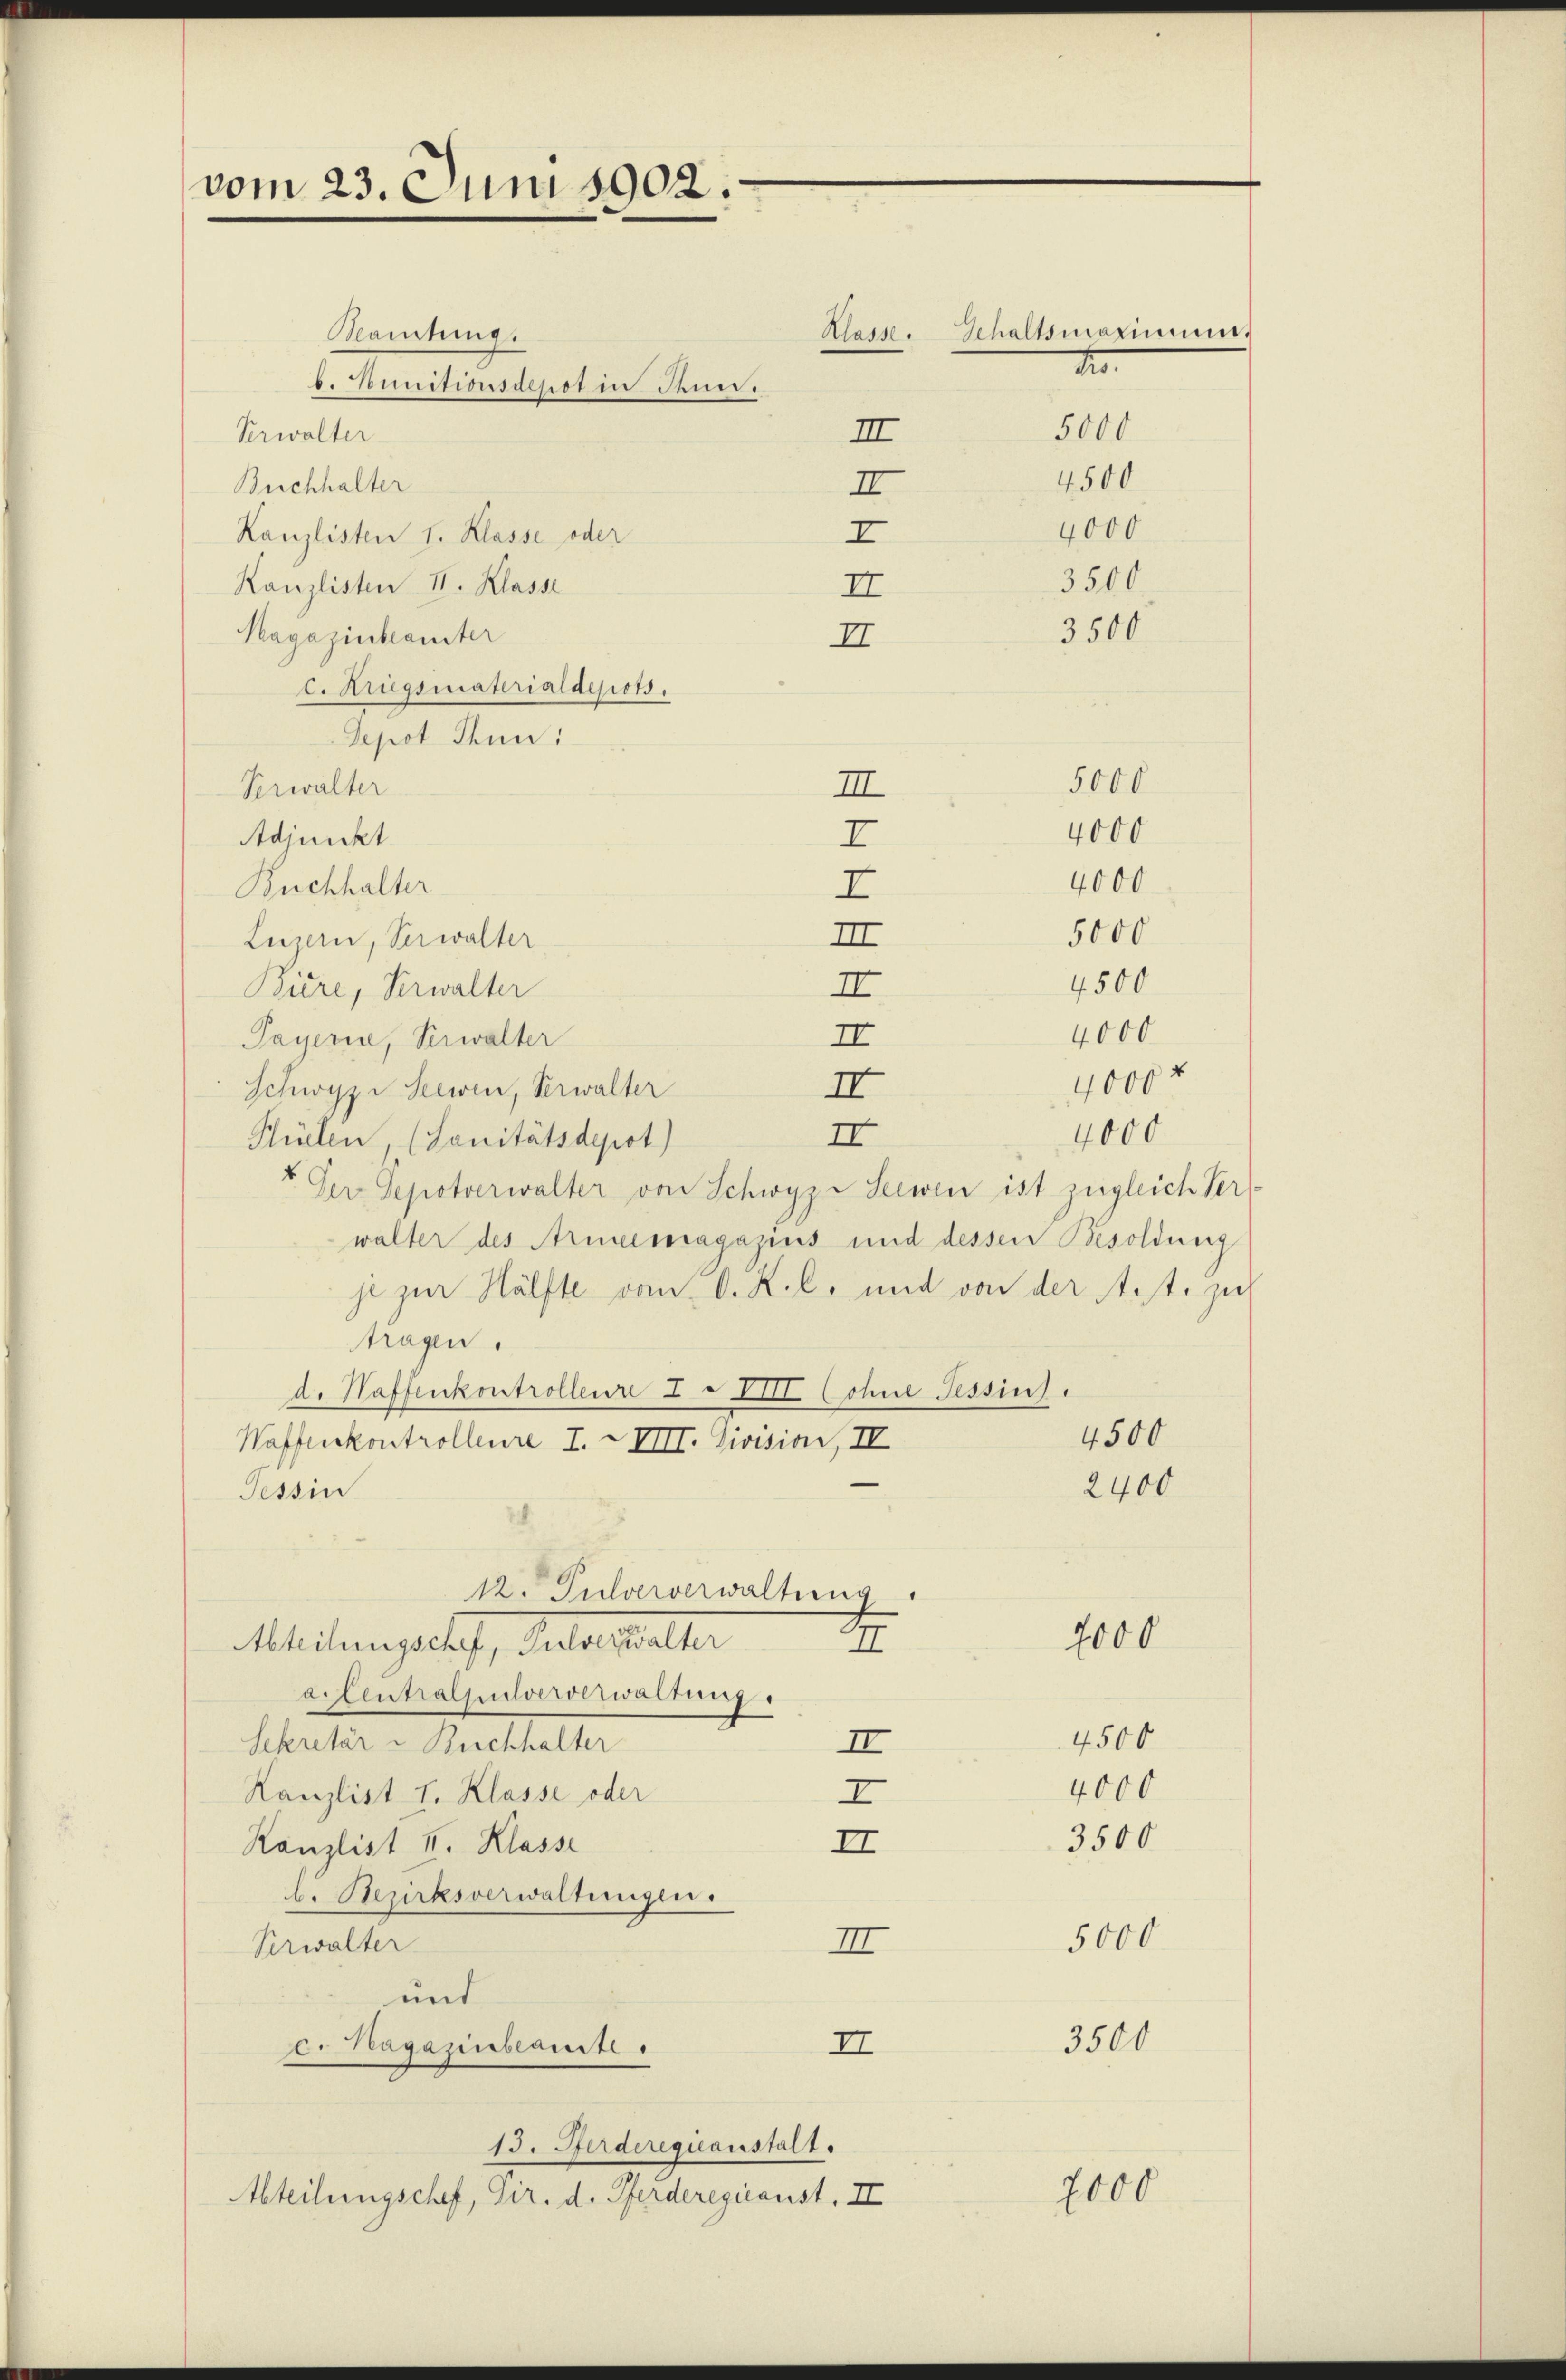
vom 23. Juni 1902.

Beamtung
b. Nunitionsdepot in denn.
Krwalter
Buchhalter
Kanzlisten I. Klasse oder
Kanzlisten II. Klasse
Magazinbeamter
c. Kriegsmaterialdepots.
Depot Thun:
Verwalter
Adjunkt
Buchhalter
Luzern, Verwalter
Büre, Verwalter
4000
II
Payeris, Verwalter
4000 f
II
Schwyz Seewen, Verwalter
4000
II
Püelen (Sanitätsdepot)
Der Sepotverwalter von Schwyz - Seewen ist zugleich Ver
walter des Armeemagazius und dessen Besoldung
je zur Hälfte vom C. K. l. und von der ist. zu
tragen.
d. Haffenkontrolleur I VIII. (ohne Tessin.
4500
Waffenkontrolleure I. XVIII. Division, IV
2400
Tessin
12. Pulververwaltung
2000
Mleitungschaft, Testatthalter
II
acentralpulververwaltung.
4500
Sekretär - Buchhalter
II
4000
Kanzlist I. Klasse oder
I
3500
Kanzlist 4. Klasse
II
b. Bezirksverwaltungen.
5000
II
Verwalter
und
3500
II
c. Hagazubaute
13. Ferdereguanstalt.
2000
Abteilungschef, Pir. d. Pferderegicanst. II

Gehaltsmaximums
t.
5000
4500
4000
3500
5,000
III
4000
I
4000
I
5000
III
4500
II

Klasse.
III
II
I
II
II

3500

¬
¬